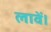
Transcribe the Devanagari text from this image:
लावें।